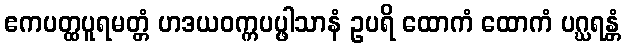
ဧကပတ္ထပူရမတ္တံ ဟဒယဝက္ကပပ္ဖါသာနံ ဥပရိ ထောကံ ထောကံ ပဂ္ဃရန္တံ